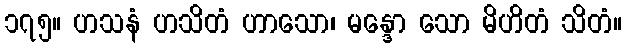
၁၇၅။ ဟသနံ ဟသိတံ ဟာသော၊ မန္ဒော သော မိဟိတံ သိတံ။